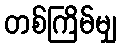
တစ်ကြိမ်မျှ